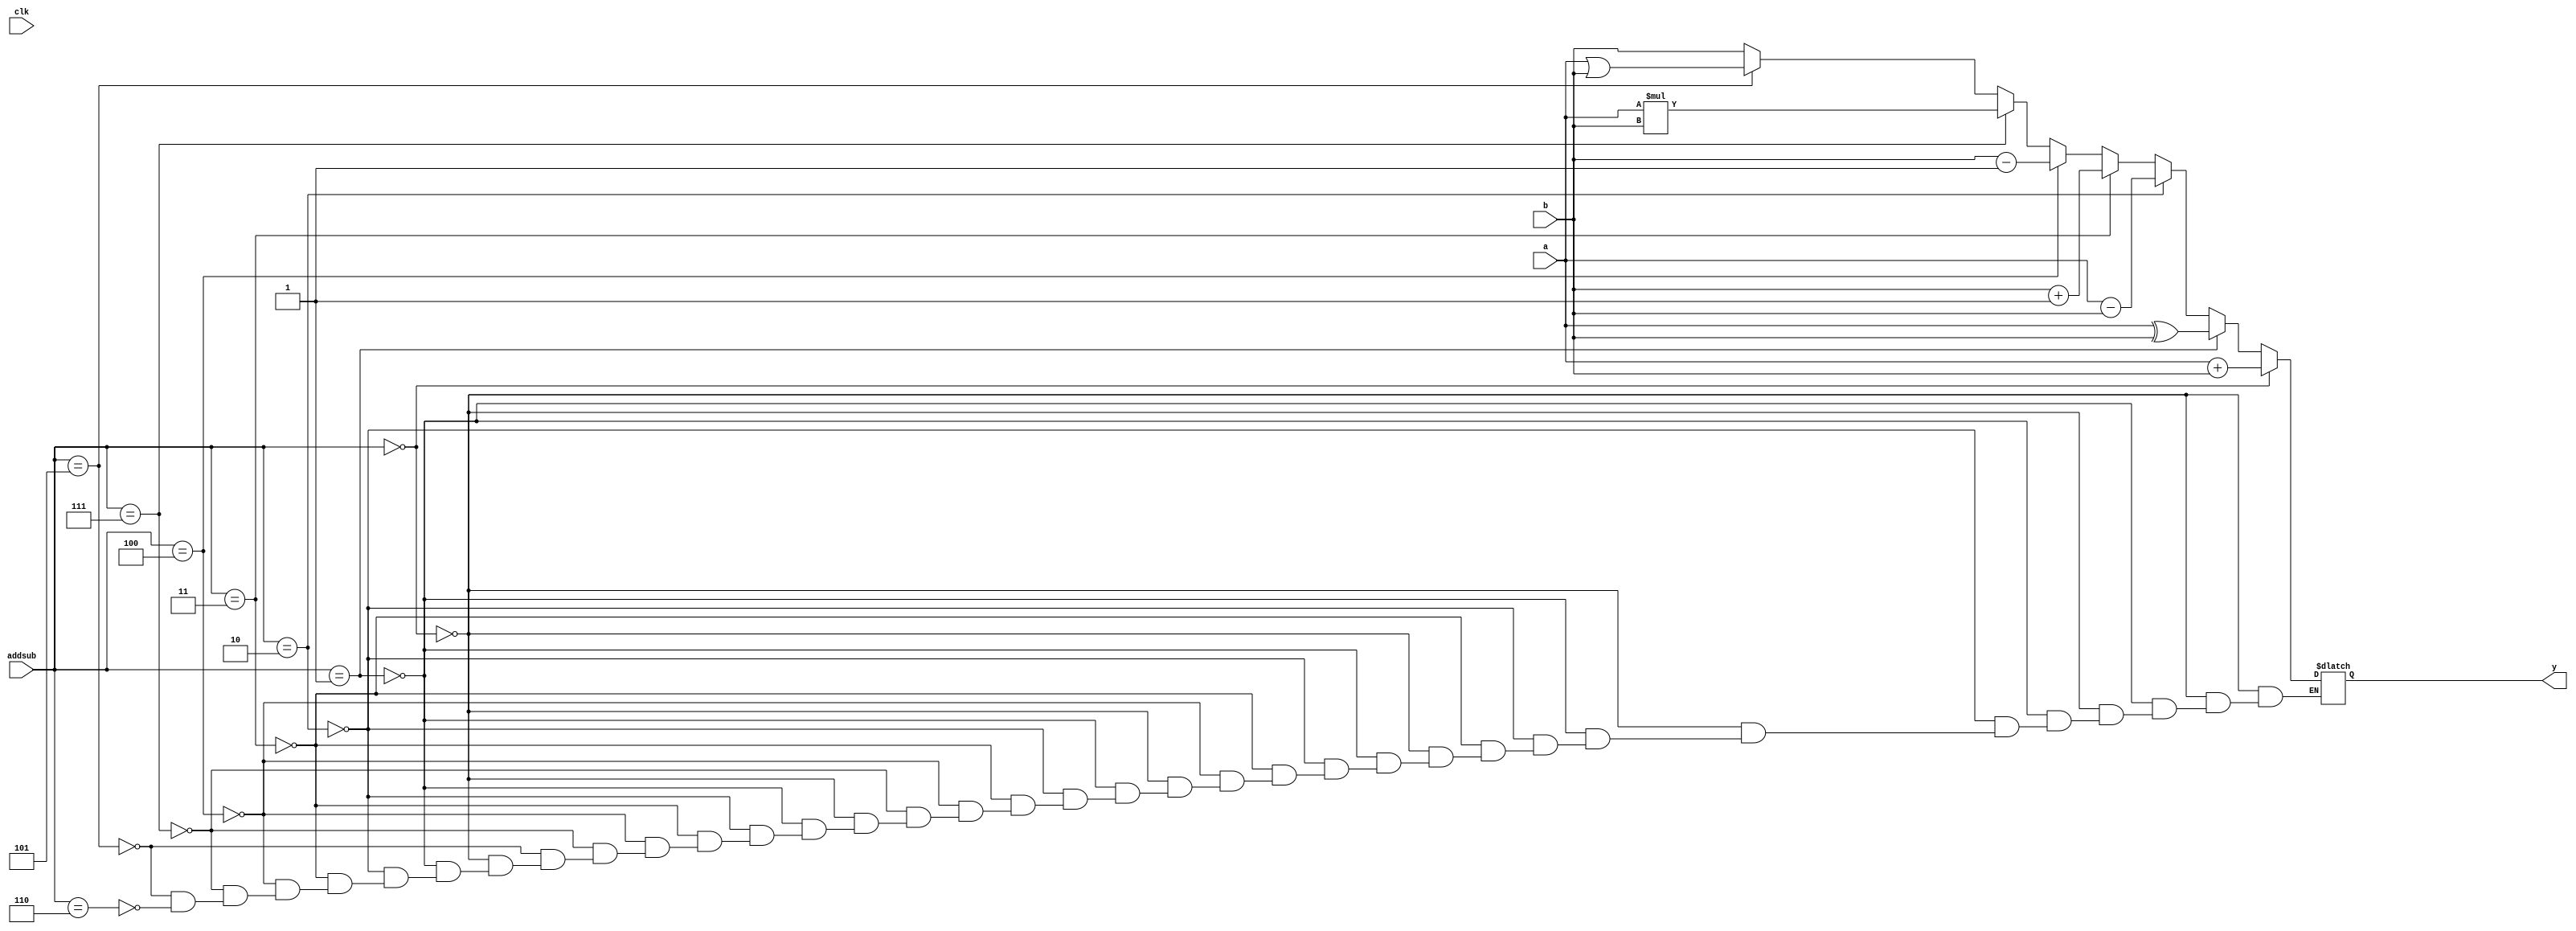
module my_alu(clk, a, b, addsub, y);
	
	input[15:0] a, b;
	input [2:0] addsub;
	input clk; //0 or 1
	output reg[15:0] y;

	always@(addsub or a or b) begin
		if(addsub == 3'b000) 
			y = a + b;
		else if (addsub == 3'b001)
			y = a ^ b;
	   else if (addsub == 3'b010)
			y = a - b;
      else if (addsub == 3'b011)
			y = b + 16'b1;
      else if (addsub == 3'b100)
			y = b - 16'b1;
		else if (addsub == 3'b111)
			y = a*b;
		else if (addsub == 3'b101)
			y = a|b;
		else if (addsub == 3'b110)
			y = b;
	end


endmodule